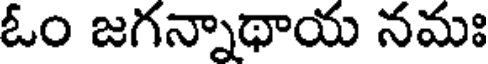
ఓం జగన్నాథాయ నమః